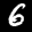
Label: 6